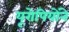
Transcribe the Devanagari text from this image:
यूरोपियोंने